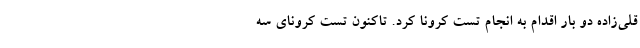
قلی‌زاده دو بار اقدام به انجام تست کرونا کرد. تاکنون تست کرونای سه